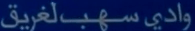
وادي-سهّب-لغ